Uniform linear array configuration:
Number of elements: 32
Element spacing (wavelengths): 0.5
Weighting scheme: uniform
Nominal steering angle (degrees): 60
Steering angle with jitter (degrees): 61.713
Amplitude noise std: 0.05
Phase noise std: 0.05

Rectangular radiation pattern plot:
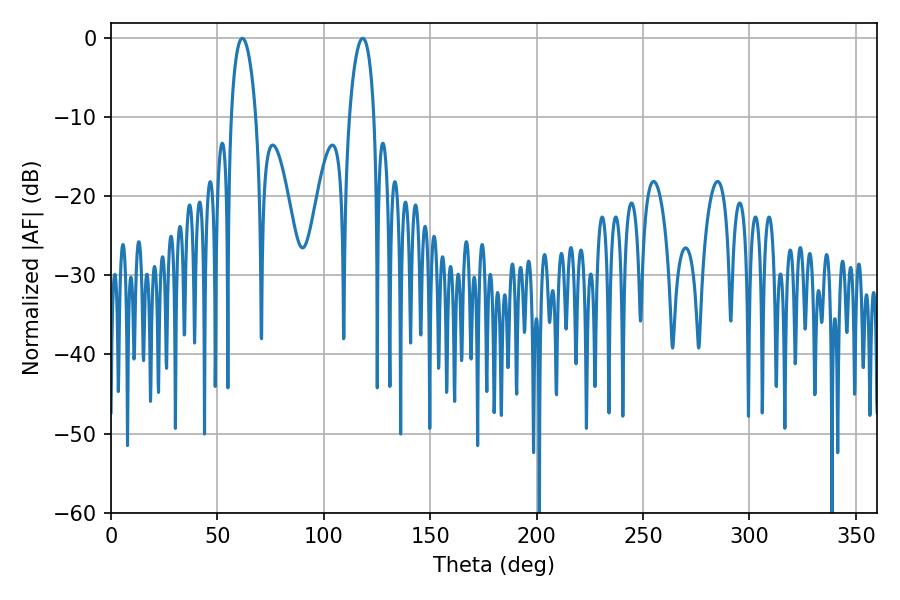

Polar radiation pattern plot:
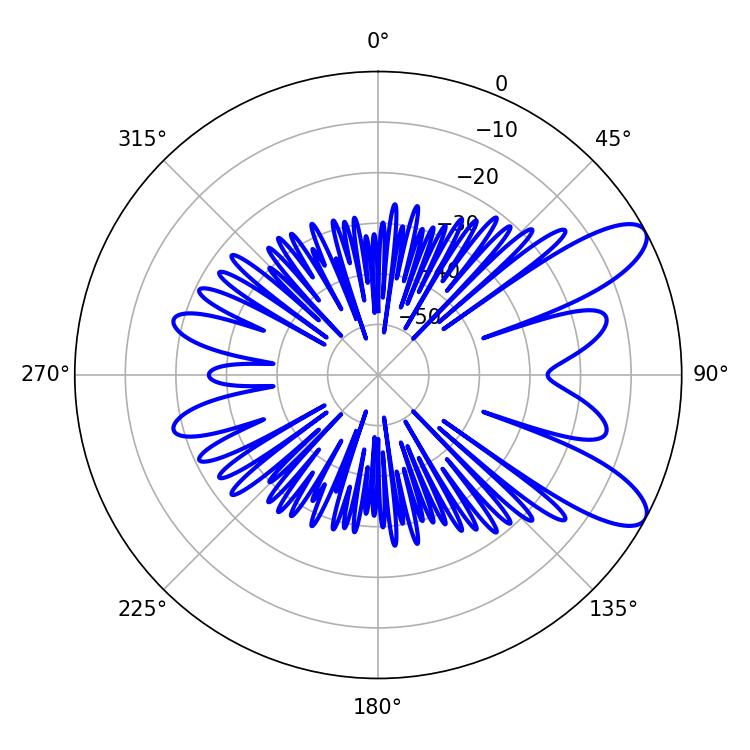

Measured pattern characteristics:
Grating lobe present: FALSE
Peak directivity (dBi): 9.474
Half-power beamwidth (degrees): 6.48
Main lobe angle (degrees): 61.74